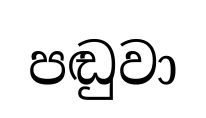
පඬුවා